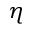
\eta